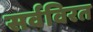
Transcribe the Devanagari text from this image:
सर्वविरत